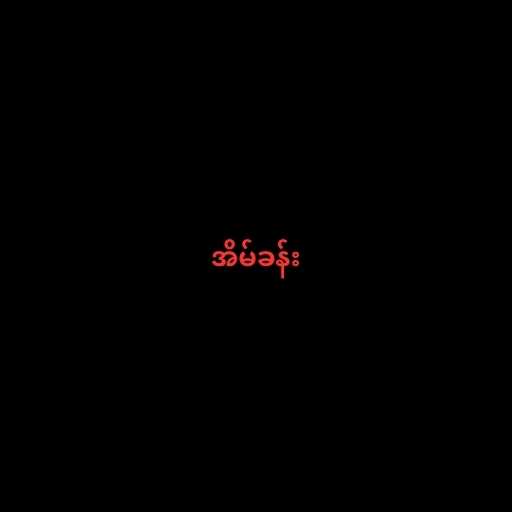
အိမ်ခန်း